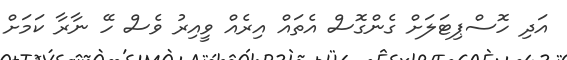
އަދި ހޮސްޕިޓަލަށް ގެންގޮސް އެތައް އިރެއް ވީއިރު ވެސް ހޭ ނާރާ ކަމަށް